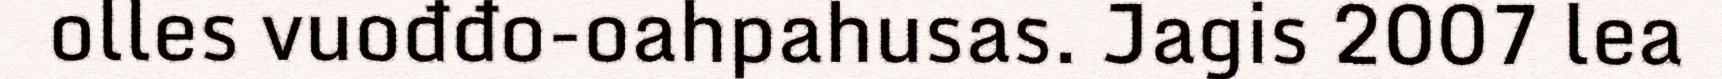
olles vuođđo-oahpahusas. Jagis 2007 lea